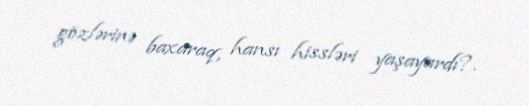
gözlərinə baxaraq, hansı hissləri yaşayardı?.